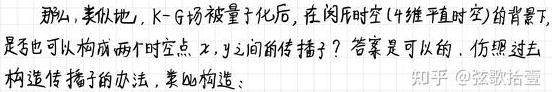
那么，类似地，K - G场被量子化后，在闵氏时空（4维平直时空）的背景下，是否也可以构成两个时空点$x,y$之间的传播子？答案是可以的. 仿照过去构造传播子的办法，表出构造：